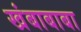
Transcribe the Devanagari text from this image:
खंबाबाबा